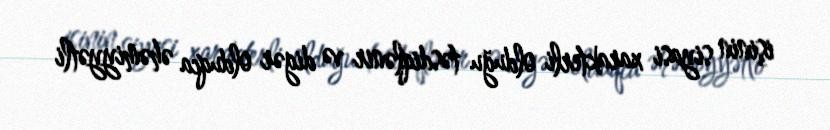
işinin siyasi xarakterli olduğu təsdiqlənir və digər olduqca əhəmiyyətli